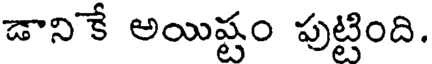
డానికే అయిష్టం పుట్టింది.